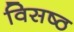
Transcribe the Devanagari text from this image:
विसष्ठ